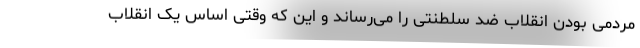
مردمی بودن انقلاب ضد سلطنتی را می‌رساند و این که وقتی اساس یک انقلاب